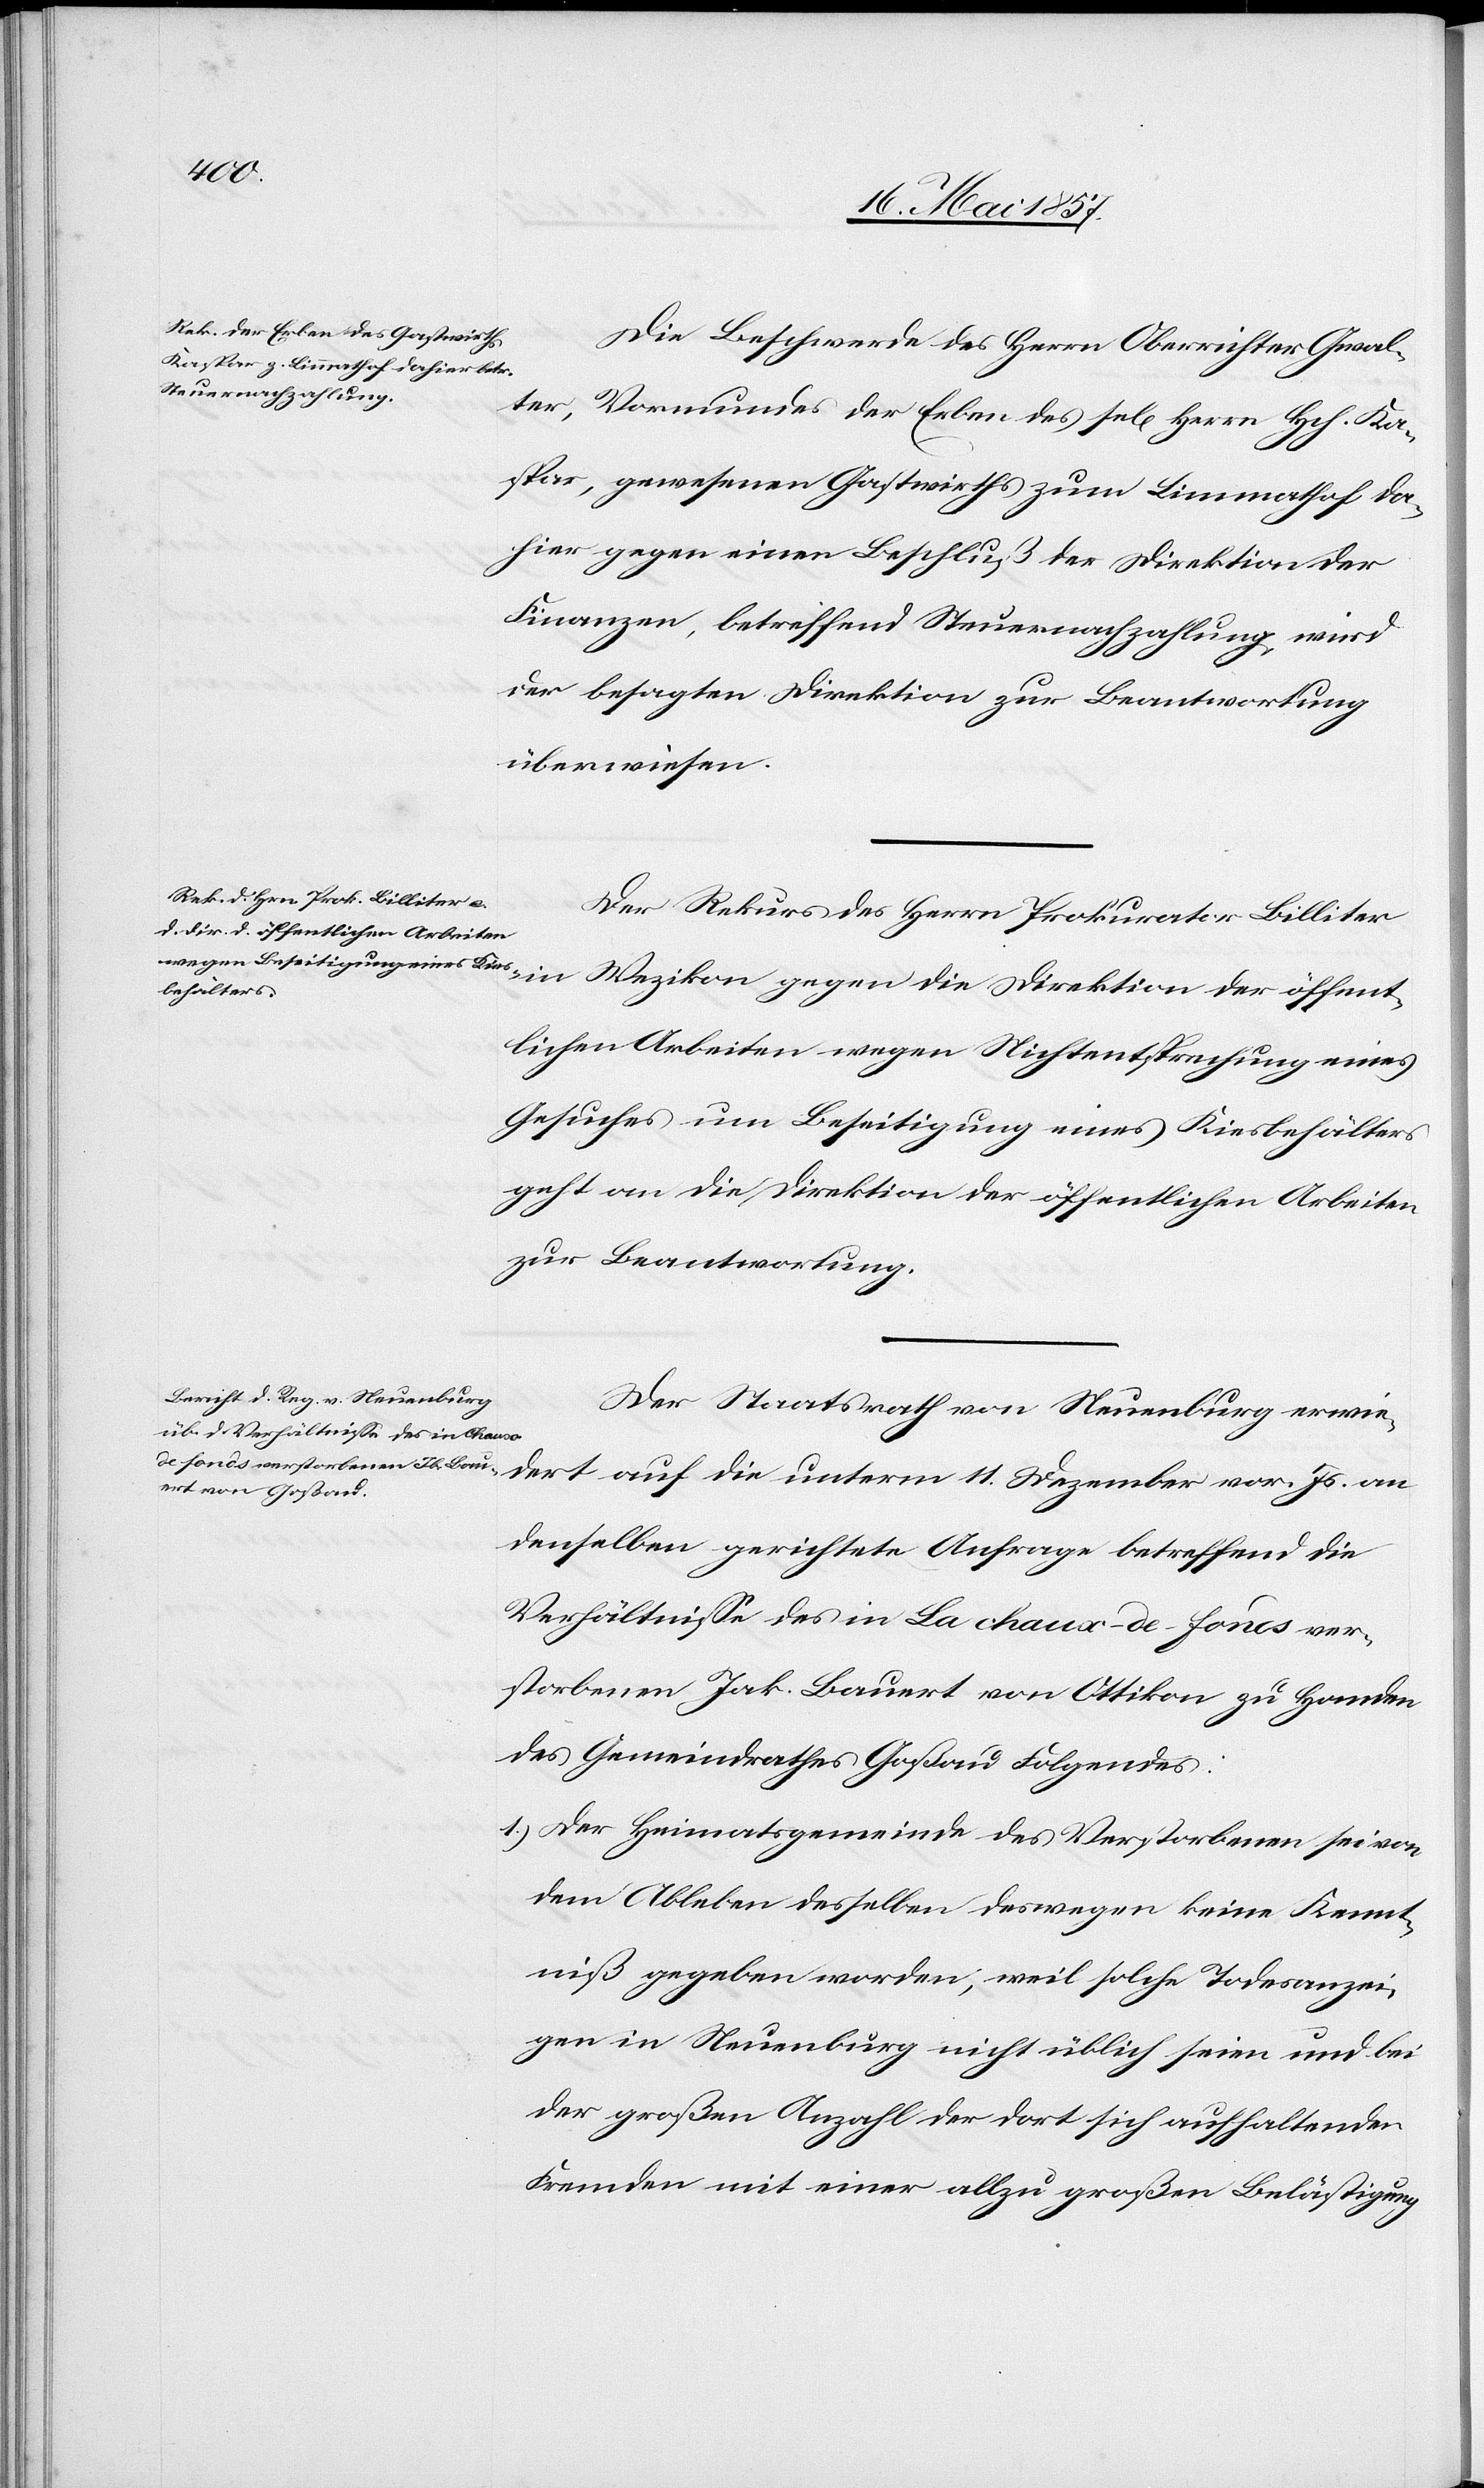
18 Mai 1857.]
Die Beschwerde des Herrn Oberrichter Gwal¬
ter, Vormundes der Erben des sel[igen] Herrn Hch. Ka¬
spar, gewesenen Gastwirths zum Limmathhof da¬
hier gegen einen Beschluß der Direktion der
Finanzen, betreffend Steuernachzahlung wird
der besagten Direktion zur Beantwortung
überwiesen.
Der Rekurs des Herrn Prokurator Billiter
Js. an
lichen Arbeiten wegen Nichtentsprechung eines
Gesuches um Beseitigung eines Kiesbehälters
geht an die Direktion der öffentlichen Arbeiten
zur Beantwortung.
Der Staatsrath von Neuenburg erwie¬
denselben gerichtete Anfrage betreffend die
Verhältnisse des in La chaux-de-fonds ver¬
storbenen Jak. Bauert von Ottikon zu Handen
des Gemeindrathes Goßau Folgendes:
1.) Der Heimatsgemeinde des Verstorbenen sei von
dem Ableben desselben deswegen keine Kennt¬
niß gegeben worden; weil solche Todesanzei¬
gen in Neuenburg nicht üblich seien und bei
der großen Anzahl der dort sich aufhaltenden
Fremden mit einer allzu großen Belästigung